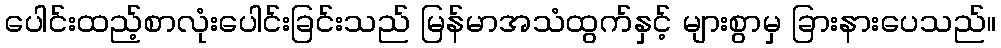
ပေါင်းထည့်စာလုံးပေါင်းခြင်းသည် မြန်မာအသံထွက်နှင့် များစွာမှ ခြားနားပေသည်။